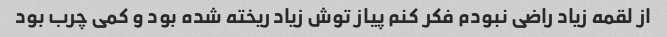
از لقمه زیاد راضی نبودم فکر کنم پیاز توش زیاد ریخته شده بود و کمی چرب بود